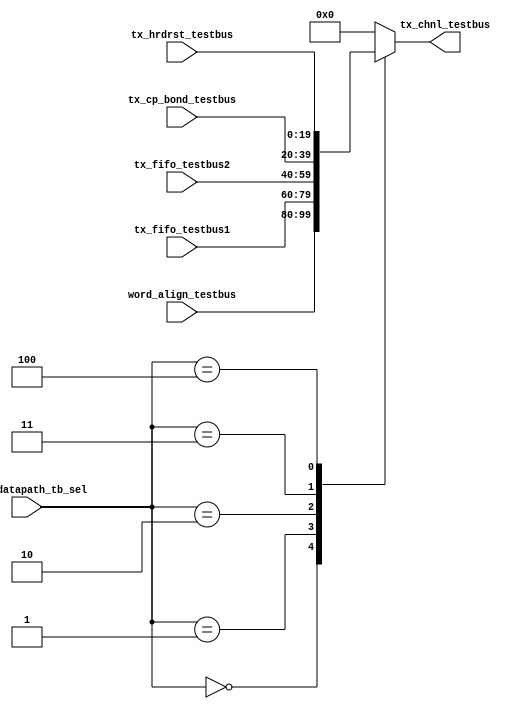
// SPDX-License-Identifier: Apache-2.0
// Copyright (C) 2019 Intel Corporation. 
//------------------------------------------------------------------------
// (C) 2009 Altera Corporation. .  
//
//------------------------------------------------------------------------
// File:        
// Revision:    
// Date:        
//------------------------------------------------------------------------
// Description: 
//
//------------------------------------------------------------------------

module c3aibadapt_txchnl_testbus 
    (
    input   wire  [2:0]           r_tx_datapath_tb_sel,  // testbus sel
    input   wire [19:0]           tx_fifo_testbus1, 		// RX FIFO
    input   wire [19:0]           tx_fifo_testbus2, 		// RX FIFO
    input   wire [19:0]           word_align_testbus,
    input   wire [19:0]           tx_cp_bond_testbus,
    input   wire [19:0]           tx_hrdrst_testbus,    
    
    output  reg [19:0]		  tx_chnl_testbus
     );
   
    always @* begin
      case (r_tx_datapath_tb_sel)
        3'b000: tx_chnl_testbus = word_align_testbus;
        3'b001: tx_chnl_testbus = tx_fifo_testbus1;
        3'b010: tx_chnl_testbus = tx_fifo_testbus2;
        3'b011: tx_chnl_testbus = tx_cp_bond_testbus;
        3'b100: tx_chnl_testbus = tx_hrdrst_testbus;
        default: tx_chnl_testbus = {20{1'b0}};
      endcase // case(r_rx_testbus_sel)
    end // always @ *
         
endmodule // c3aibadapt_tx_chnl_testbus